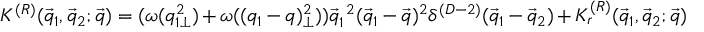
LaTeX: { \cal K } ^ { ( R ) } ( { \vec { q } } _ { 1 } , { \vec { q } } _ { 2 } ; { \vec { q } } ) = ( \omega ( q _ { 1 \perp } ^ { 2 } ) + \omega ( ( q _ { 1 } - q ) _ { \perp } ^ { 2 } ) ) \vec { q } _ { 1 } ^ { ~ 2 } ( { \vec { q } } _ { 1 } - { \vec { q } } ) ^ { 2 } \delta ^ { ( D - 2 ) } ( { \vec { q } } _ { 1 } - { \vec { q } } _ { 2 } ) + { \cal K } _ { r } ^ { ( R ) } ( { \vec { q } } _ { 1 } , { \vec { q } } _ { 2 } ; { \vec { q } } )